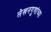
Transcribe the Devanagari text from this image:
लेखनगुणांच्या